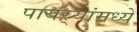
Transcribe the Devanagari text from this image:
पायऱ्यांमध्ये